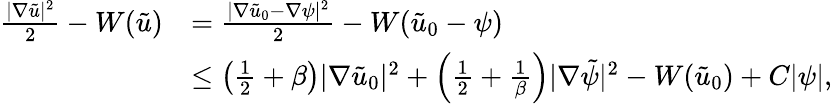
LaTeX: \begin{array}{rl}{\frac{|\nabla\tilde{u}|^{2}}{2}-W(\tilde{u})}&{=\frac{|\nabla\tilde{u}_{0}-\nabla\psi|^{2}}{2}-W(\tilde{u}_{0}-\psi)}\\ &{\leq\left(\frac{1}{2}+\beta\right)|\nabla\tilde{u}_{0}|^{2}+\left(\frac{1}{2}+\frac{1}{\beta}\right)|\nabla\tilde{\psi}|^{2}-W(\tilde{u}_{0})+C|\psi|,}\end{array}